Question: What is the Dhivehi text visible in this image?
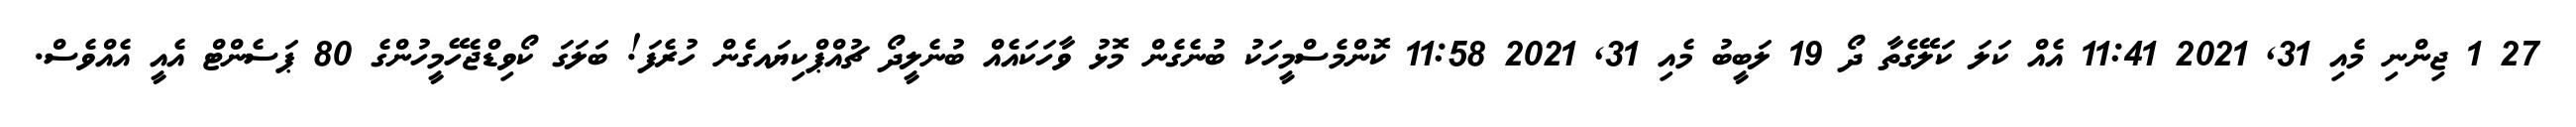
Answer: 27 1 ޖިންނި މެއި 31, 2021 11:41 އެއް ކަލަ ކަލޭގެތާ ދޯ 19 ލަބީބު މެއި 31, 2021 11:58 ކޮންމެސްމީހަކު ބުނެގެން މޮޅު ވާހަކައެއް ބުނެލީދޯ ޗުއްޕްކިޔައގެން ހުރެފަ! ބަލަގަ ކޯވިޑްޖެހޭމީހުންގެ 80 ޕަސެންޓް އެއީ އެއްވެސް.